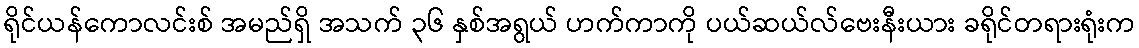
ရိုင်ယန်ကောလင်းစ် အမည်ရှိ အသက် ၃၆ နှစ်အရွယ် ဟက်ကာကို ပယ်ဆယ်လ်ဗေးနီးယား ခရိုင်တရားရုံးက